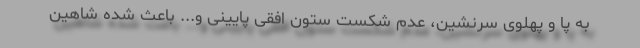
به پا و پهلوی سرنشین، عدم شکست ستون افقی پایینی و... باعث شده شاهین